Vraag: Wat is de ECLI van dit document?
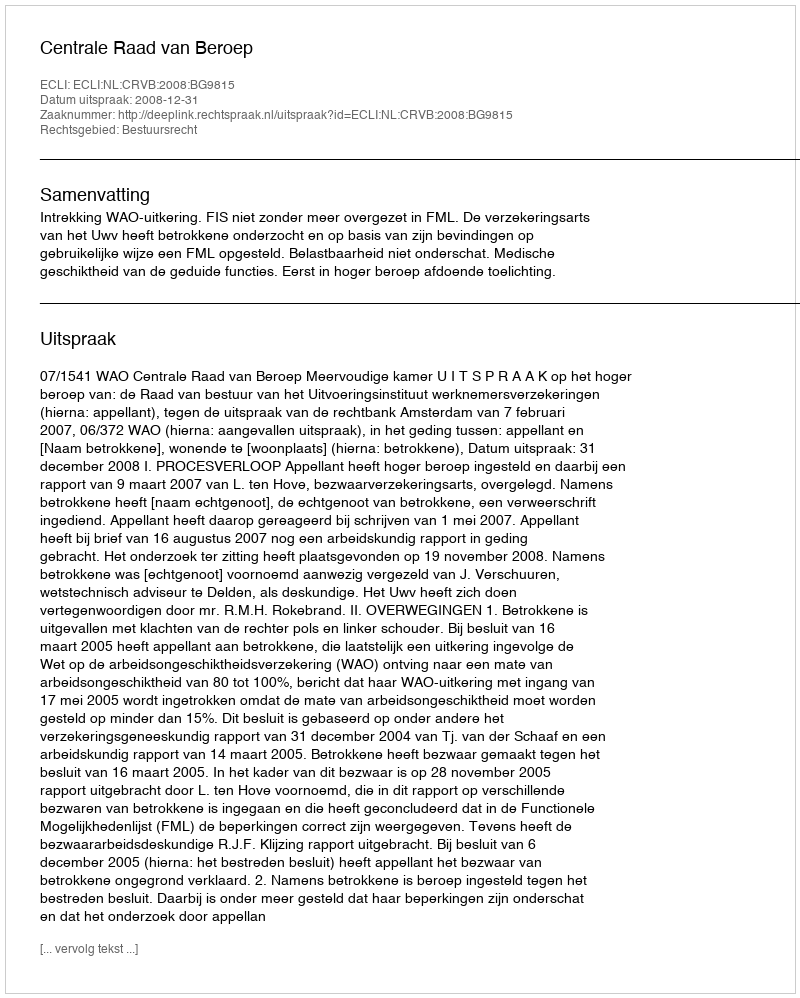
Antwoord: ECLI:NL:CRVB:2008:BG9815